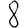
Digit: 8